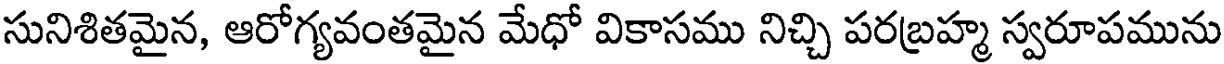
సునిశితమైన, ఆరోగ్యవంతమైన మేధో వికాసము నిచ్చి పరబ్రహ్మ స్వరూపమును